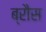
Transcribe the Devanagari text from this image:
ब्रौस